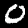
Label: 0